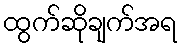
ထွက်ဆိုချက်အရ